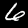
Digit: 6